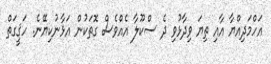
އަހްމަދިއްޔާ އާއި ތިޔަ ވިދާޅުވި ދެ ސްކޫލާ އެއްވެސް ގޮތަކުން އަޅާނުކިޔޭނެ. ހަޤީގަތް